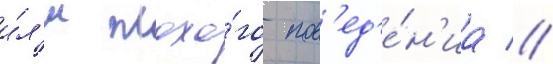
и́л'и плохо́го пов'ед'е́н'иа //